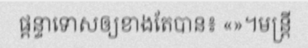
ផ្តន្ទាទោសឲ្យខាងតែបាន៖ «»។មន្ត្រី